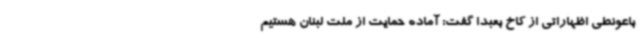
باعونطی اظهاراتی از کاخ بعبدا گفت: آماده حمایت از ملت لبنان هستیم